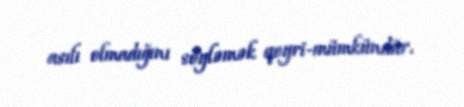
asılı olmadığını söyləmək qeyri-mümkündür.